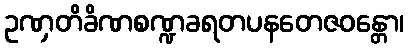
ဥဏှတိခိဏစဏ္ဍခရတပနတေဇဝန္တော၊